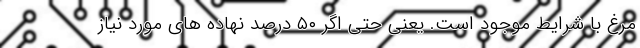
مرغ با شرایط موجود است. یعنی حتی اگر ۵۰ درصد نهاده های مورد نیاز